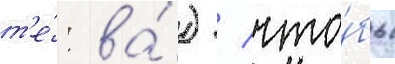
т'е́: ва́) / что́бы